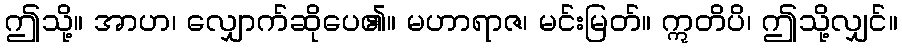
ဤသို့။ အာဟ၊ လျှောက်ဆိုပေ၏။ မဟာရာဇ၊ မင်းမြတ်။ ဣတိပိ၊ ဤသို့လျှင်။